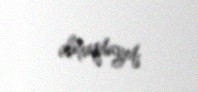
almaqdayıq.